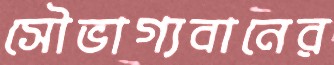
সৌভাগ্যবানের